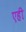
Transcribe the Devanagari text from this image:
एही